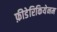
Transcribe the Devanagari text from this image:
फ़ीडेरिकियेनम